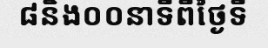
៨និង០០នាទីពីថ្ងៃទី